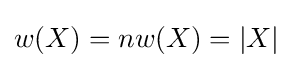
w(X)=nw(X)=|X|